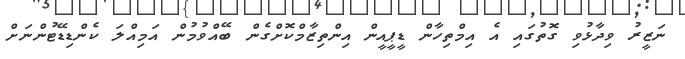
ނަޒީރު ވިދާޅުވި ގޮތުގައި އެ އިމްތިހާން ޑީޕީއީން އިންތިޒާމްކޮށްގެން ބޭއްވުމުން އަމިއްލަ ކެންޑިޑޭޓުންނަށް